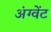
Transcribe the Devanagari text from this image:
अंग्वेंट